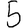
Digit: 5